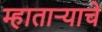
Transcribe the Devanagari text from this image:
म्हातार्‍याचे